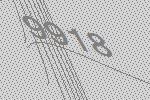
9918